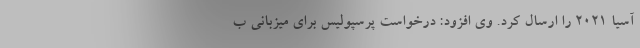
آسیا 2021 را ارسال کرد. وی افزود: درخواست پرسپولیس برای میزبانی ب